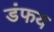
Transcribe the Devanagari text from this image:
डंफय